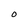
Character: O